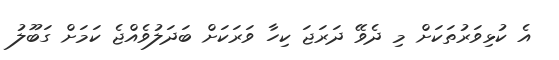
އެ ކުޅިވަރުތަކަށް މި ދެވޭ ދަރަޖަ ކިހާ ވަރަކަށް ބަދަލުވެއްޖެ ކަމަށް ގަބޫލު